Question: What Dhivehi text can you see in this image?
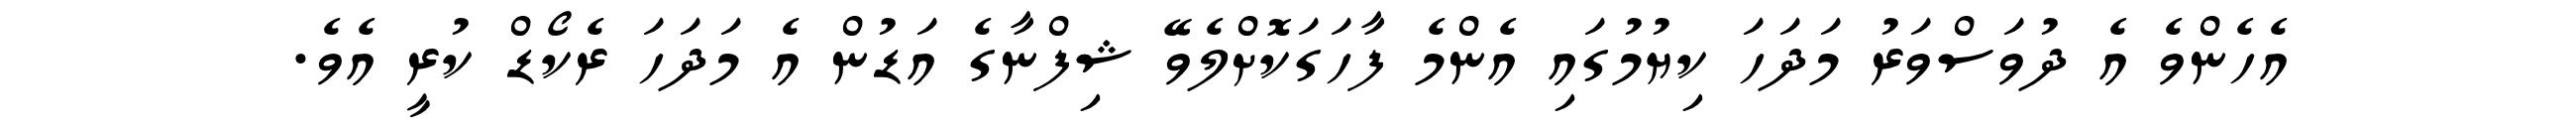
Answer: އެހެންވެ އެ ދުވަސްވަރު މަދަހަ ކިޔުމުގައި އެންމެ ފާހަގަކޮށްލެވޭ ޝިފްނާގެ އަޑުން އެ މަދަހަ ރެކޯޑް ކުރީ އެވެ.